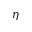
\eta